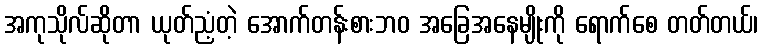
အကုသိုလ်ဆိုတာ ယုတ်ညံ့တဲ့ အောက်တန်းစားဘဝ အခြေအနေမျိုးကို ရောက်စေ တတ်တယ်၊